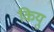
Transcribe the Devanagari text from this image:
कियु